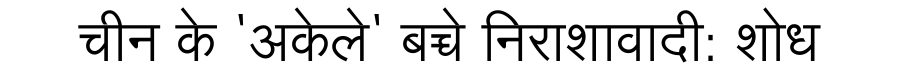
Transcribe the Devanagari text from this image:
चीन के 'अकेले' बच्चे निराशावादी: शोध